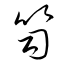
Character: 笥